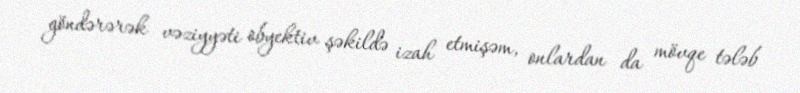
göndərərək vəziyyəti obyektiv şəkildə izah etmişəm, onlardan da mövqe tələb